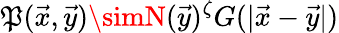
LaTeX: \mathfrak{P}(\vec{{x}},\vec{{y}})\simN(\vec{{y}})^{\zeta}G(|\vec{{x}}-\vec{{y}}|)